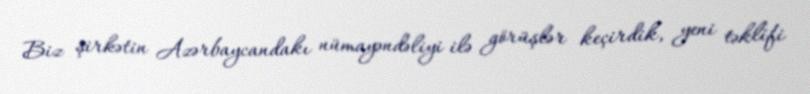
Biz şirkətin Azərbaycandakı nümayəndəliyi ilə görüşlər keçirdik, yeni təklifi